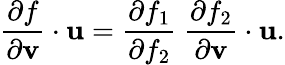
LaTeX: {\frac{\partial f}{\partial\mathbf{v}}}\cdot\mathbf{u}={\frac{\partial f_{1}}{\partial f_{2}}}~{\frac{\partial f_{2}}{\partial\mathbf{v}}}\cdot\mathbf{u}.